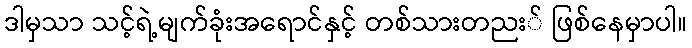
ဒါမှသာ သင့်ရဲ့မျက်ခုံးအရောင်နှင့် တစ်သားတညး် ဖြစ်နေမှာပါ။